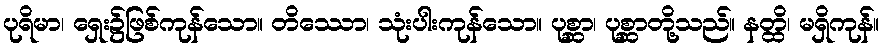
ပုရိမာ၊ ရှေး၌ဖြစ်ကုန်သော။ တိဿော၊ သုံးပါးကုန်သော။ ပုစ္ဆာ၊ ပုစ္ဆာတို့သည်။ နတ္ထိ၊ မရှိကုန်။